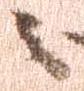
之